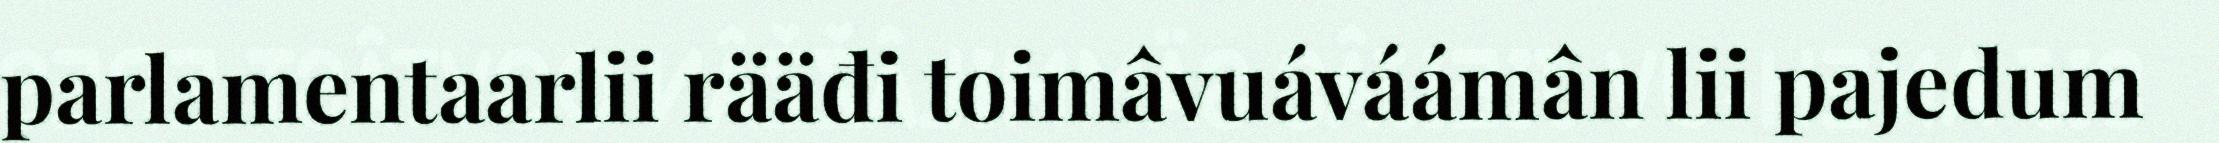
parlamentaarlii rääđi toimâvuáváámân lii pajedum